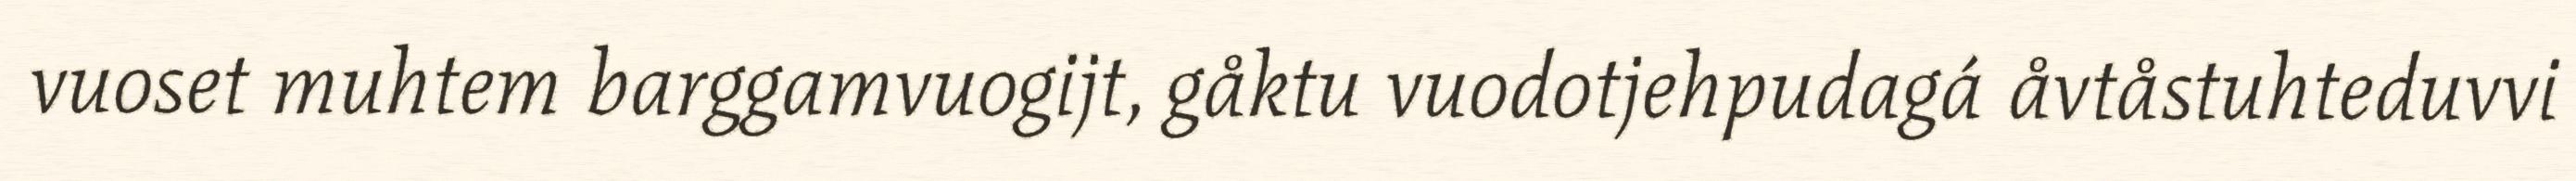
vuoset muhtem barggamvuogijt, gåktu vuodotjehpudagá åvtåstuhteduvvi